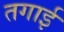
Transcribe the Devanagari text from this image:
तगाई